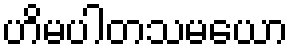
ဟိမပါတသမယော